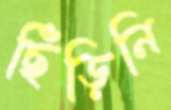
ছিঁড়িনি